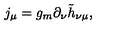
j _ { \mu } = g _ { m } \partial _ { \nu } \tilde { h } _ { \nu \mu } ,